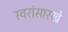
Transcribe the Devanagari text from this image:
स्वरांसारखे